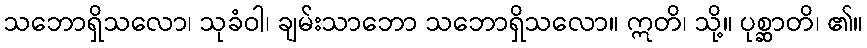
သဘောရှိသလော၊ သုခံဝါ၊ ချမ်းသာဘော သဘောရှိသလော။ ဣတိ၊ သို့။ ပုစ္ဆာတိ၊ ၏။